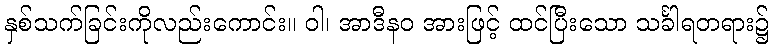
နှစ်သက်ခြင်းကိုလည်းကောင်း။ ဝါ၊ အာဒီနဝ အားဖြင့် ထင်ပြီးသော သင်္ခါရတရား၌